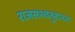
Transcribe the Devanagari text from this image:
राजसश्चतुराननः